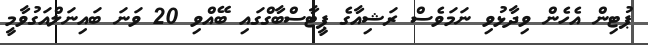
ޕުޓިން އެހެން ވިދާޅުވި ނަމަވެސް ރަޝިއާގެ ޕީޓާސްބާގްގައި ބޭއްވި 20 ވަނަ ބައިނަލްއަގުވާމީ